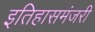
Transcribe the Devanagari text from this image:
इतिहासमंजरी